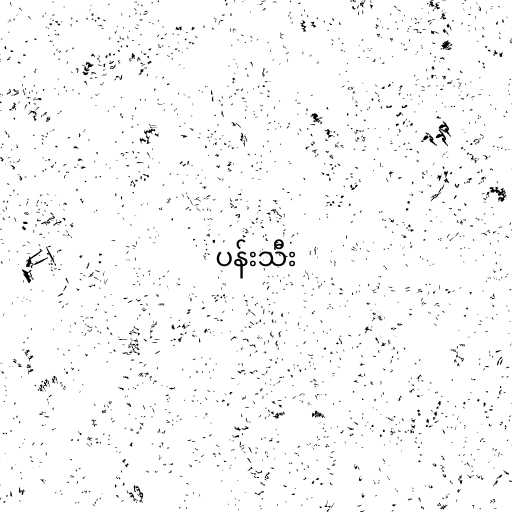
ပန်းသီး